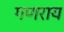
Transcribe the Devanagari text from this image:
गणराय